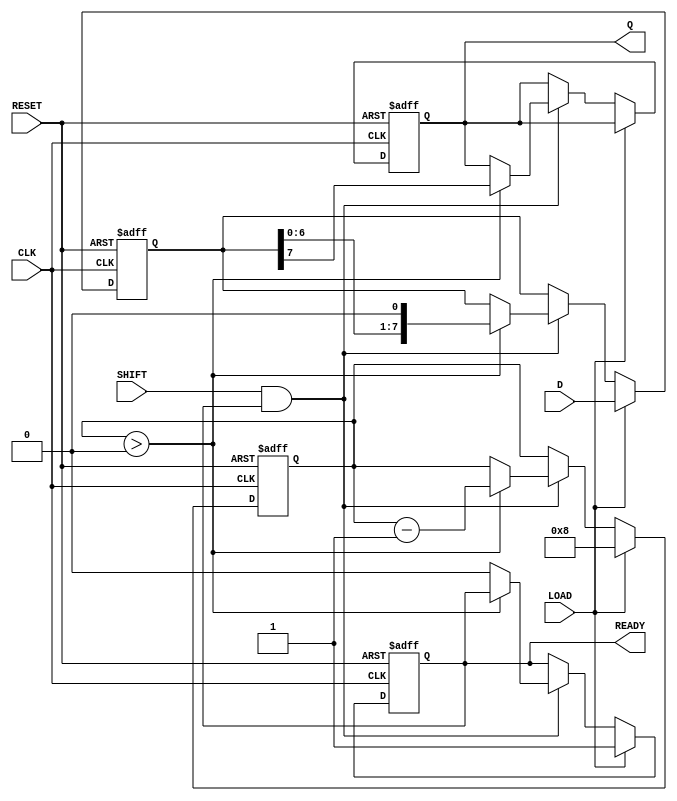
module PISO_Register #(
    parameter n = 8 // Parameter to define the width of the register
)(
    input  wire [n-1:0] D,      // Parallel input data
    input  wire LOAD,            // Load control signal
    input  wire SHIFT,           // Shift control signal
    input  wire CLK,             // Clock signal
    input  wire RESET,           // Asynchronous reset signal
    output reg  Q,               // Serial output
    output reg  READY            // Data ready output signal
);

    reg [n-1:0] shift_reg;       // Storage for the PISO register
    reg [3:0] bit_count;          // To keep track of shifted bits

    always @(posedge CLK or posedge RESET) begin
        if (RESET) begin
            shift_reg <= {n{1'b0}}; // Clear the register on reset
            Q <= 1'b0;
            bit_count <= 0;
            READY <= 1'b0;
        end else begin
            if (LOAD) begin
                shift_reg <= D;    // Load parallel data into shift register
                bit_count <= n;    // Set bit count to the width of the register
                READY <= 1'b1;     // Data is ready to be shifted
            end else if (SHIFT && READY) begin
                if (bit_count > 0) begin
                    Q <= shift_reg[n-1]; // Output the MSB
                    shift_reg <= {shift_reg[n-2:0], 1'b0}; // Shift right
                    bit_count <= bit_count - 1; // Decrease bit count
                end else begin
                    READY <= 1'b0; // No more bits to shift out
                end
            end
        end
    end

endmodule